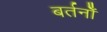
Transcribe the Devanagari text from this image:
बर्तनोँ